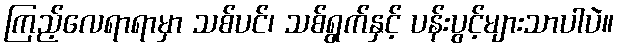
ကြည့်လေရာရာမှာ သစ်ပင်၊ သစ်ရွက်နှင့် ပန်းပွင့်များသာပါပဲ။